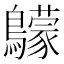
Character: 䴌